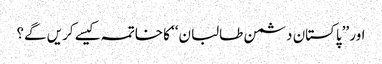
اور ’’پاکستان دشمن طالبان‘‘ کا خاتمہ کیسے کریں گے؟